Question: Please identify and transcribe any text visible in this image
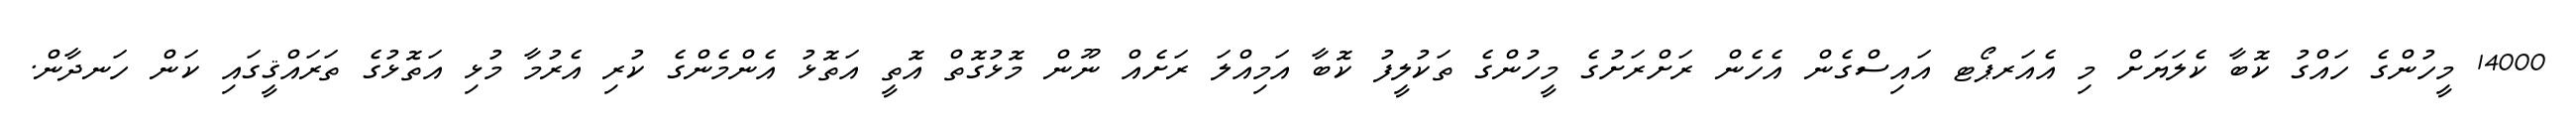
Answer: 14000 މީހުންގެ ހައްގު ކޮބާ ކެލަޔަށް މި އެއަރޕޯޓ އައިސްގެން އެހެން ރަށްރަށުގެ މީހުންގެ ތަކުލީފު ކޮބާ އަމިއްލަ ރަށެއް ނޫން މޮޅުގޮތް އޮތީ އަތޮޅު އެންމެންގެ ކުރި އެރުމާ މުޅި އަތޮޅުގެ ތަރައްޤީގައި ކަން ހަނދާން.